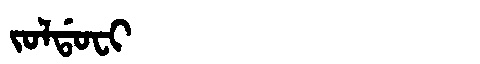
Manchu: ᠵᠣᠯᡩᠣᠸᡳ
Romanization: JOLDOFI